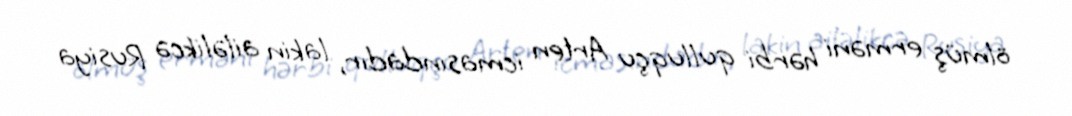
ölmüş erməni hərbi qulluqçu Arten icmasındadır, lakin ailəlikcə Rusiya